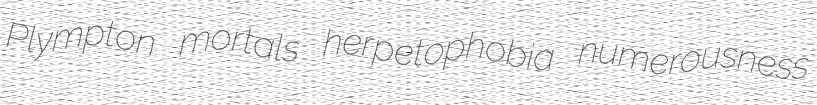
Plympton mortals herpetophobia numerousness